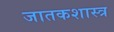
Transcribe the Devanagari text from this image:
जातकशास्त्र